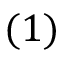
( 1 )